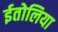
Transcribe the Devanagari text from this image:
ईतोलिया